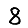
Digit: 8